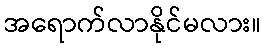
အရောက်လာနိုင်မလား။